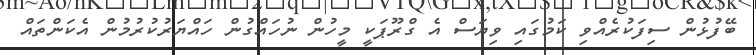
ބޭފުޅުން ސިފަކުރެއްވި ކަމުގައި ވިޔަސް އެ ގްރޫޕަކީ މީހުން ނުހައްގުން ހައްޔަރުކުރުމުން އެކަންތައް